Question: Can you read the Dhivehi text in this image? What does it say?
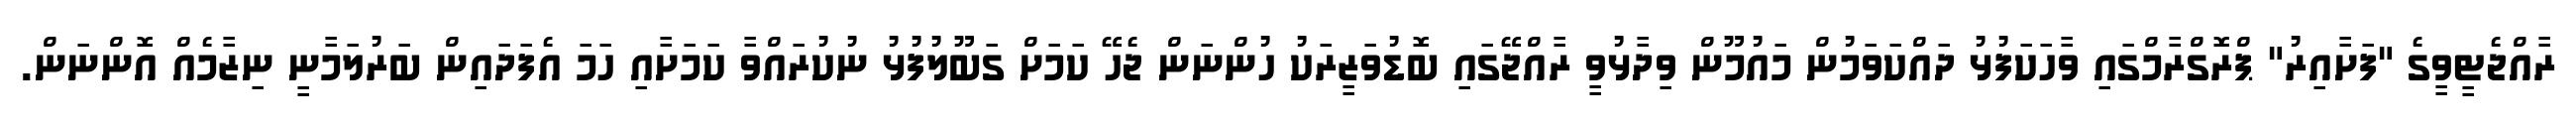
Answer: ރާއްޖެޓީވީގެ "ފަށާއިރު" ޕްރޮގްރާމްގައި ވާހަކަފުޅު ދައްކަވަމުން މައުމޫން ވިދާޅުވީ ރާއްޖޭގައި ބޮޑުވަޒީރަކު ހުންނަން ޖެހޭ ކަމަށް ގަބޫލުފުޅު ނުކުރައްވާ ކަމަށާއި ހަމަ އެފަދައިން ބަރުލަމާނީ ނިޒާމެއް އޮންނަން.